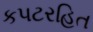
કપટરહિત